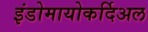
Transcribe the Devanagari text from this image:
इंडोमायोकर्दिअल